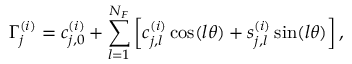
\Gamma _ { j } ^ { ( i ) } = c _ { j , 0 } ^ { ( i ) } + \sum _ { l = 1 } ^ { N _ { F } } \left[ c _ { j , l } ^ { ( i ) } \cos ( l \theta ) + s _ { j , l } ^ { ( i ) } \sin ( l \theta ) \right] ,